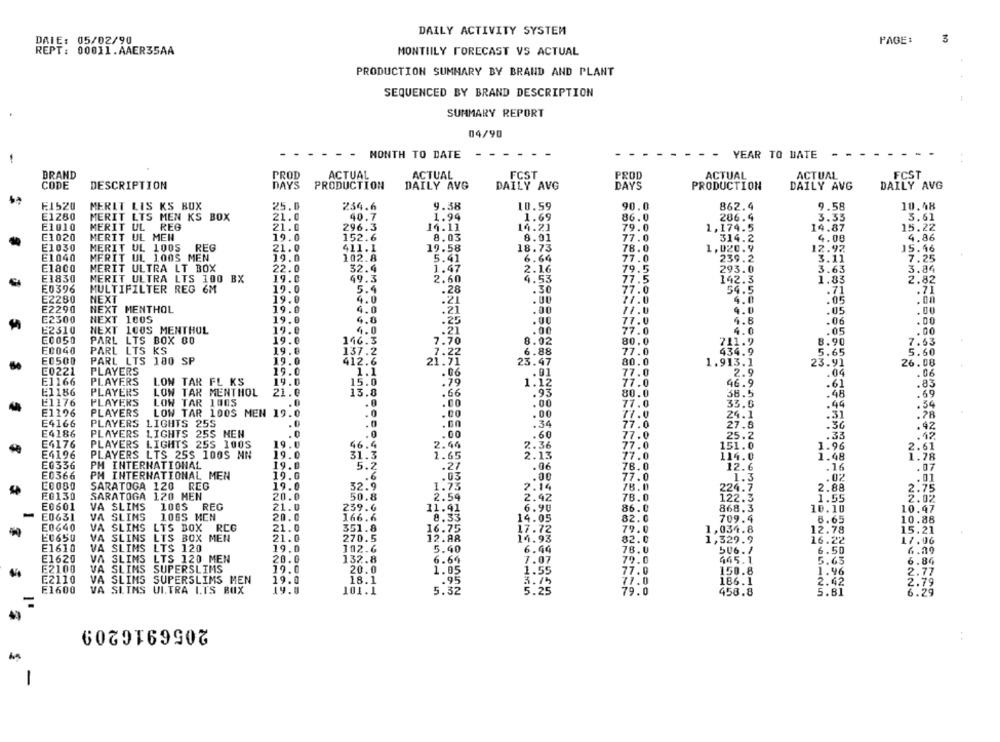
DAILY ACTIVITY SYSTEM
DAIE: 05/02/90
PAGE:
REPT: 00011.AAER35AA
MONTIILY FORECAST VS ACTUAL
PRODUCTION SUMMARY BY BRAND AND PLANT
SEQUENCED BY BRAND DESCRIPTION
SUMMARY REPORT
04/90
MONTH TO DATE
- -
YEAR TO DATE
- -
BRAND
PROD
ACTUAL
ACTUAL
FCST
PROD
ACTUAL
ACTUAL
FCST
CODE
DESCRIPTION
DAYS
PRODUCTION
DAILY AVG
DAILY AVG
DAYS
PRODUCTION
DAILY AVG
DAILY AVG
E1520
MERLT LIS KS BOX
25.0
234.6
9.38
10.59
90.0
862.4
9.58
10.48
E1280
MERIT LTS MEN KS BOX
1.94
21.0
40.7
1.69
86.0
286.4
3.33
3.61
E1010
MERIT UL
REG
21.0
296.3
14.11
14.21
79.0
1,174.5
14.87
15.22
E1020
MERIT UL MEN
19.0
152.6
8.03
8.01
77.0
314.2
4.08
4.86
E1030
MERIT UL 100S REG
21.0
411.1
19.58
18.73
78.0
1,020.9
12.92
15.46
E1040
MERIT UL 100S MEN
19.0
102.8
5.41
6.64
77.0
239.2
3.11
7.25
Elaco
MERIT ULTRA LT BOX
22.0
32.4
79.5
3.84
1.47
2.16
293.0
3.63
E1830
MERIT ULTRA LTS 100 BX
19.0
49.3
2.60
4.53
77.5
142.3
1.83
2.82
E0396
MULTIFILTER REG 6M
19.0
5.4
.28
.30
77.0
54.5
.71
E2280
NEXT
19.0
4.0
.21
4.0
.05
.00
E2290
NEXT MENTHOL
19.0
4.0
.21
4.0
.05
.00
E2300
NEXT 100S
19.0
4.8
.00
77.0
.06
.00
.25
4.8
E2310
NEXT 100S MENTHOL
19.0
4.0
.21
.00
77.0
4.0
.05
.00
E0050
PARL LTS BOX 80
19.0
146.3
7.70
8.02
80.0
711.9
8.90
7.63
137.2
ECO40
PARL LTS KS
19.0
6.88
77.0
434.9
5.65
5.60
E0500
PARL LTS 180 SP
19.0
412.6
21:51
23.47
80.0
1.913.1
23.91
26.08
E0221
PLAYERS
19.0
1.1
77.0
2.9
.04
.06
.06
E1166
PLAYERS
LON TAR FL KS
19.0
15.0
.79
1.12
77.0
46.9
.61
.83
E1186
PLAYERS
LON TAR MENTHOL
21.0
13.8
.66
80.0
38.5
.48
.69
:95
E1176
PLAYERS
LOW TAR 1005
.0
.00
.00
77.0
33.6
.44
.34
E1196
PLAYERS
LOW TAR 100S MEN 19.0
.0
.Co
.00
77.0
24.1
.31
.78
E4166
PLAYERS LIGHTS 25S
.0
.0
.00
.36
.34
77.0
27.5
.42
E4186
PLAYERS LIGHTS 25S NEN
.0
. 0
.00
.60
77.0
25.2
.33
.12
E4176
PLAYERS LIGHTS 25S 100S
19.0
46.4
2.54
77.0
151.0
1.96
2.61
2:36
E4196
PLAYERS LTS 25S 100S MN
19.0
31.3
1.65
77.0
114.0
1.48
1.78
E0336
PH INTERNATIONAL
19.0
5.2
.27
.06
78.0
12.6
.16
. 07
E0366
19.0
PM INTERNATIONAL MEN
.6
.03
.00
77.0
1.3
.02
. 01
C00BO
SARATOGA 120 REG
19.0
32.9
1.75
2.14
78.0
224.7
2.88
2.75
E0130
SARATOGA 120 MEN
20.0
50.8
2.54
2.42
78.0
122.3
1.55
E0601
VA SLIMS
100S REG
21.0
239.6
11.41
6.90
86.0
868.3
10.10
10.47
E0631
VA SLIMS
10GS MEN
20.0
166.6
8.33
14.05
82.0
709.4
6.65
10.88
VA SLIMS
E0G40
LTS BOX RCG
21.0
351.8
16.75
17.72
79.0
1,034.8
12.78
15.21
E0650
VA SLINS
LTS BOX MEN
21.0
270.5
12.88
14.93
82.0
1,329.9
16.22
17.06
E1610
VA
SLIMS
LTS 120
19.0
102.6
6.44
78.0
506.1
6.29
6.50
E1620
VA
SLIMS LTS 120 MEN
20.0
132.8
6.64
7.07
79.0
445.1
5.63
6.84
F2100
VA
SLIMS SUPERSLIMS
19.0
20.0
1.05
1.55
77.0
150.8
1.96
2.77
E2110
.95
3.75
VA SLIMS SUPERSLIMS MEN
19.0
18.1
77.0
186.1
2.42
2.79
E1600
VA SLIMS
UI.TRA ITS BOX
19.0
101.1
5.32
79.0
458.8
5.81
6.29
2056916209
-